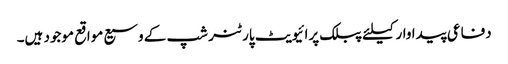
دفاعی پیداوار کیلئے پبلک پرائیویٹ پارٹنر شپ کے وسیع مواقع موجود ہیں۔